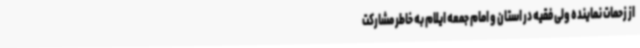
از زحمات نماینده ولی فقیه در استان و امام جمعه ایلام به خاطر مشارکت